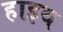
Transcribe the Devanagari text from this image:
हाइथ